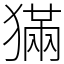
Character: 𤡁